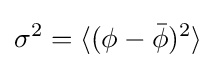
\sigma ^{2}=\langle (\phi -{\bar {\phi }})^{2}\rangle